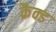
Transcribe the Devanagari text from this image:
क्रैक्ड